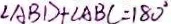
\angle A B D + \angle A B C = 1 8 0 ^ { \circ }